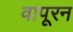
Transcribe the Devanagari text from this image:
वापूरन